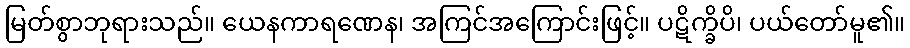
မြတ်စွာဘုရားသည်။ ယေနကာရဏေန၊ အကြင်အကြောင်းဖြင့်။ ပဋိက္ခိပိ၊ ပယ်တော်မူ၏။